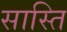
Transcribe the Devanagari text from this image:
सास्ति